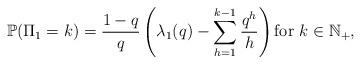
LaTeX: \begin{align*}\mathbb{P}( \Pi_1 = k ) = \frac{1-q}{q} \left( \lambda_1(q) - \sum_{h=1}^{k-1} \frac{ q^h } {h} \right) \mbox{for } k \in \mathbb{N}_{+},\end{align*}